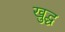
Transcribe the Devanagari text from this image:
खुद्ध